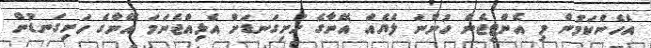
އެހެންކަމުން މި އެންޓިޖެން ހުންނަ ލެޔެއް އޭނާގެ ހަށިގަނޑަށް އެޅިއްޖެނަމަ އޭނާގެ ހަށިގަނޑުން